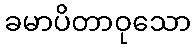
ခမာပိတာဝုသော